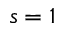
s = 1